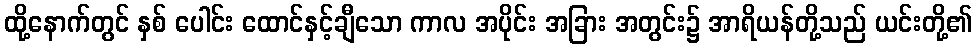
ထို့နောက်တွင် နှစ် ပေါင်း ထောင်နှင့်ချီသော ကာလ အပိုင်း အခြား အတွင်း၌ အာရိယန်တို့သည် ယင်းတို့၏